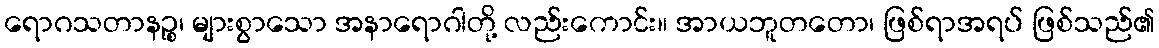
ရောဂသတာနဉ္စ၊ များစွာသော အနာရောဂါတို့ လည်းကောင်း။ အာယဘူတတော၊ ဖြစ်ရာအရပ် ဖြစ်သည်၏